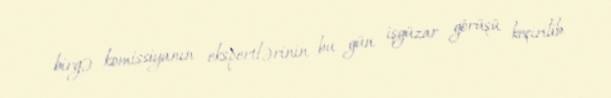
birgə komissiyanın ekspertlərinin bu gün işgüzar görüşü keçirilib.